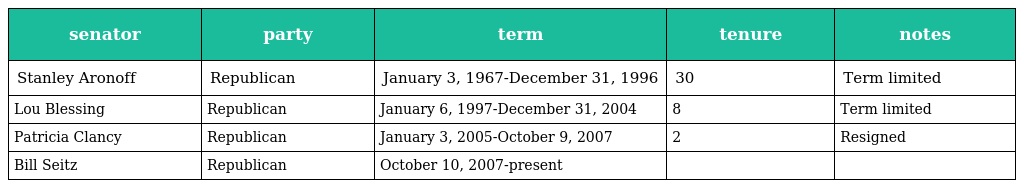
| senator | party | term | tenure | notes |
 | --- | --- | --- | --- | --- |
 | Stanley Aronoff | Republican | January 3, 1967-December 31, 1996 | 30 | Term limited |
 | Lou Blessing | Republican | January 6, 1997-December 31, 2004 | 8 | Term limited |
 | Patricia Clancy | Republican | January 3, 2005-October 9, 2007 | 2 | Resigned |
 | Bill Seitz | Republican | October 10, 2007-present |  |  |